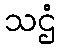
သဌံ